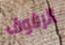
الرفوف